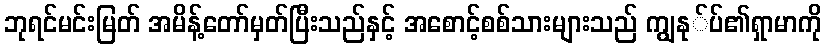
ဘုရင်မင်းမြတ် အမိန့်တော်မှတ်ပြီးသည်နှင့် အစောင့်စစ်သားများသည် ကျွနု်ပ်၏ရှာမာကို